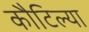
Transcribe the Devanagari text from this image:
कौटिल्या